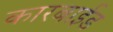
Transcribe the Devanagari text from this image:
कारबाईड